Vital statistics of India. Vol. IV, Annual returns from 1871 to 1876. British Army of India, Native Army and jails of Bengal
Year: 1871
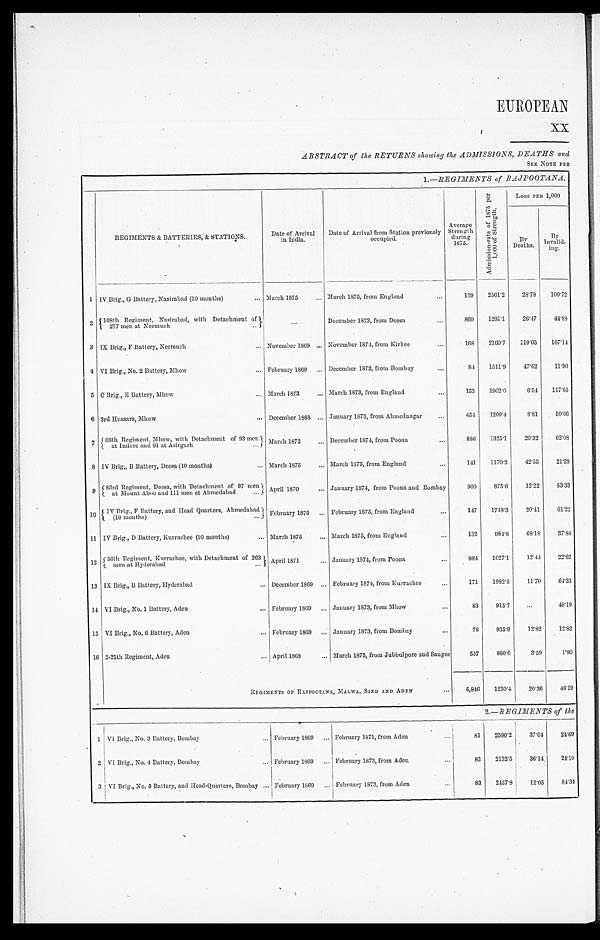
EUROPEAN
X X
ABSTRACT of the RETURNS showing the ADMISSIONS, DEATHS and
SEE NOTE PRE
1.—REGIMENTS of RAJP00TANA,
REGIMENTS & BATTERIES, & STATIONS.
Date of Arrival
in India.
Date of Arrival from Station previously
occupied.
Average
Strength during
1875.
A d m i s s i o n - r a t e o f 1 8 7 5 p e r 1 , 0 0 0 o f S t r e n g t h .
Loss PER 1,000
B y D e a t h s .
B y
Inval i d-
ing.
1 IV Brig., G Battery, Nasirabad (10 months)
... March 1875 ... March 1875, from England
...
139 2561.2 28.78 100. 72
2 108th Regiment, Nasirabad, with Detachment of
277 men at Neemuch
...
. . .
December 1873, from Deesa
. . .
869 1291.1 26.47 4 4 . 8 8
3 IX Brig., F Battery, Neemuch
... November 1869 ... November 1874, from Kirkee
...
168 2160.7 119.05 107. 14
4 VI Brig., No. 2 Battery, Mhow
... February 1869 ... December 1872, from Bombay
. . .
8 4 1511.9 47.62 1 1 . 9 0
5 C Brig., E Battery, Mhow
... March 1873 ... March 1873, from England
. . .
153 1902.0
6.54 1 1 7 . 6 5
6 3rd Hussars, Mhow
... December 1868 ... January 1873, from Ahmednagar ...
454 1200.4
8.81 5 0 . 6 6
7 68th Regiment, Mhow, with Detachment of 93 men
at Indore and 91 at Asirgarh ...
March 1872
. . . December 1874, from Poona
...
886 1325.1 20.32 6 2 . 0 8
8 IV Brig., B Battery, Deesa (10 months)
... March 1875
... March 1875, from England
. . . 141 1170.2 42.55 2 1 . 2 8
9 83rd Regiment, Deesa, with Detachment of 97 men
at Mount Aboo and 111 men at Ahmedabad ... April 1870
... January 1874, from Poona and Bombay
900 875.6
12.22 5 3 . 3 3
10
I V B r i g . , F B a t t e r y , a n d H e a d Q u a r t e r s , A h m e d a b a d(
1 0 m o n t h s ) . . . February 1875 ... February 1875, from England
...
147 1748.3 20.41 6 1 . 2 2
11 IV Brig., D Battery, Kurrachee (10 months)
... March 1875
... March 1875, from England
...
132
984.8 68.18 3 7 . 8 8
12 56th Regiment, Kurrachee, with Detachment of 26
3 men at Hyderabad ...
April 1871
... January 1874, from Poona
. . . 884 1027.1 12.44 2 2 . 6 2
13 IX Brig., B Battery, Hyderabad
... December 1869 ... February 1874, from Kurrachee
...
171 1982.5 11.70
6 4 . 3 3
14 VI Brig., No. 1 Battery, Aden
... February 1869 ... January 1873, from Mhow
...
83
915.7
. . .
4 8 . 1 9
15 VI Brig., No, 6 Battery, Aden
... February 1869 ... January 1873, from Bombay
...
78 935.9
12.82 1 2 . 8 2
16 2-25th Regiment, Aden
... April 1868
... March 1875, from Jubbulpore and Saugor
557
860.0
3.59
1.80
REGIMENTS OF RAJPOOTANA, MALWA, SIND AND ADEN
. . . 5,846 1230.4
20.36 4 6 . 1 9
2.—REGIMENTS of the
1 VI Brig., No. 3 Battery, Bombay
... February 1869 ... February 1871, from Aden
...
8 1 2580.2 37.04
24.69
2 VI Brig., No. 4 Battery, Bombay
... February 1869 ... February 1873, from Aden
...
83 2132.5 36.14
24.10
3 VI Brig., No. 5 Battery, and Head-Quarters, Bombay ... February 1869 ... February 1873, from Aden
...
83 2457.8 12.05
84.34